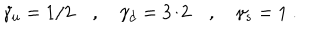
LaTeX: \gamma _ { u } = 1 / 2 \quad , \quad \gamma _ { d } = 3 / 2 \quad , \quad \gamma _ { s } = 1 ~ .